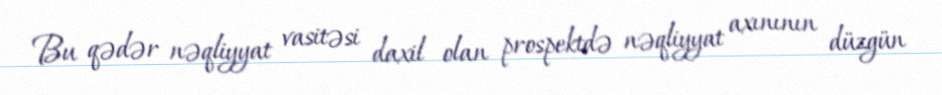
Bu qədər nəqliyyat vasitəsi daxil olan prospektdə nəqliyyat axınının düzgün